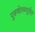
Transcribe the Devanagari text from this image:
पुरूषोत्तमपुरीत